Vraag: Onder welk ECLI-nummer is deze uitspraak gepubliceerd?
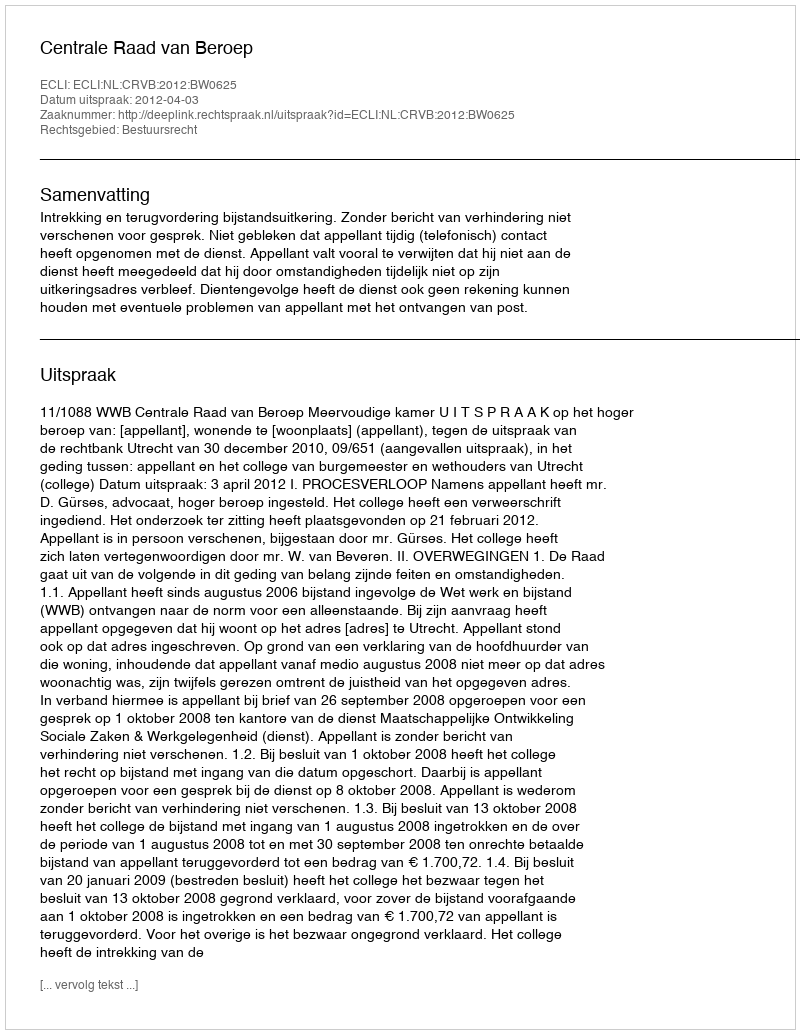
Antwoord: ECLI:NL:CRVB:2012:BW0625